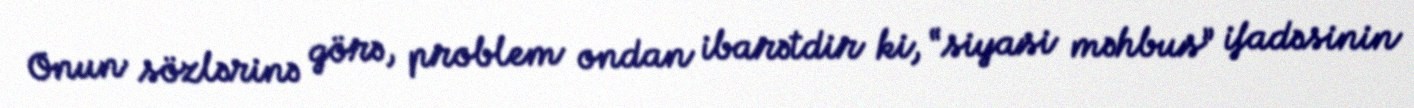
Onun sözlərinə görə, problem ondan ibarətdir ki, “siyasi məhbus” ifadəsinin